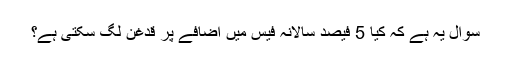
سوال یہ ہے کہ کیا 5 فیصد سالانہ فیس میں اضافے پر قدغن لگ سکتی ہے؟